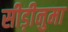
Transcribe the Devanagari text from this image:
सीड़ीनुमा